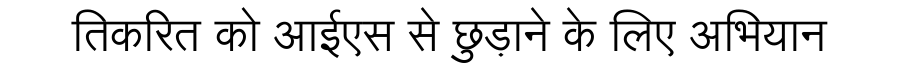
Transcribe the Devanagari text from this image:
तिकरित को आईएस से छुड़ाने के लिए अभियान